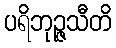
ပရိဘုဉ္ဇသီတိ